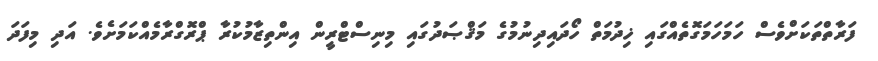
ފަރާތްތަކަށްވެސް ހަމަހަމަގޮތެއްގައި ޚިދުމަތް ހޯދައިދިނުމުގެ މަޤްޞަދުގައި މިނިސްޓްރީން އިންތިޒާމުކުރާ ޕްރޮގްރާމެއްކަމަށެވެ. އަދި މިފަދަ